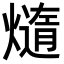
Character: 𪹴